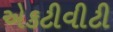
એકટીવીટી